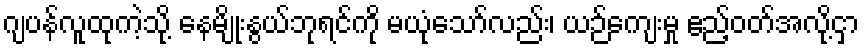
ဂျပန်လူထုကဲ့သို့ နေမျိုးနွယ်ဘုရင်ကို မယုံသော်လည်း၊ ယဉ်ကျေးမှု ဧည့်ဝတ်အလို့ငှာ